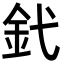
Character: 釴